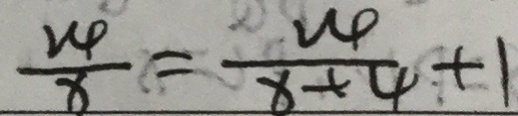
\frac { 2 4 } { 8 } = \frac { 2 4 } { x + 4 } + 1